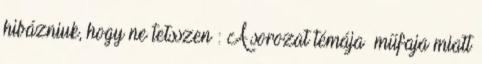
hibázniuk, hogy ne tetsszen : A sorozat témája műfaja miatt